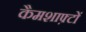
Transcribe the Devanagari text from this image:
कैमशाफ़्टों